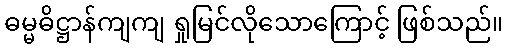
ဓမ္မဓိဋ္ဌာန်ကျကျ ရှုမြင်လိုသောကြောင့် ဖြစ်သည်။